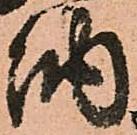
納